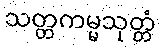
သတ္တကမ္မသုတ္တံ